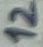
Text: 12